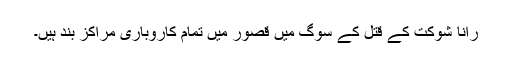
رانا شوکت کے قتل کے سوگ میں قصور میں تمام کاروباری مراکز بند ہیں۔